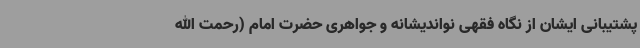
پشتیبانی ایشان از نگاه فقهی نواندیشانه و جواهری حضرت امام (رحمت الله